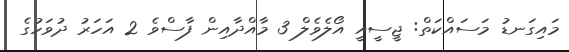
މައިގަނޑު މަސައްކަތް: ޖީސީއީ އޯލެވެލް 3 މާއްދާއިން ފާސްވެ 2 އަހަރު ދުވަހުގެ